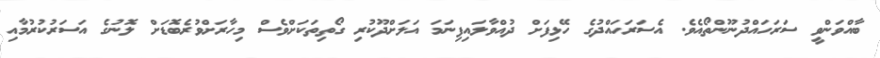
ބާއްވަންވީ ސަރަހައްދުނޫންތޯއެވެ. އެސަރަހައްދުގެ ހޭޅިފަށް ދުއްވާލައިފިނަމަ އަލަށްދޫކުރި ގޯތިތަކަށްވެސް މިހާރަށްވުރެބޮޑަށް ލޮނުގެ އަސަރުކުރުމާއި